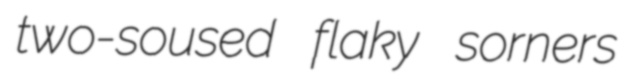
two-soused flaky sorners